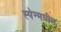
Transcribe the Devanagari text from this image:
स्पेन्मधील